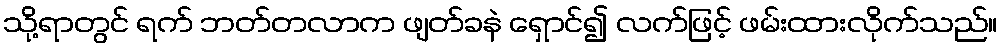
သို့ရာတွင် ရက် ဘတ်တလာက ဖျတ်ခနဲ ရှောင်၍ လက်ဖြင့် ဖမ်းထားလိုက်သည်။